Indian journal of veterinary science and animal husbandry - Volume 2,
Year: 1932
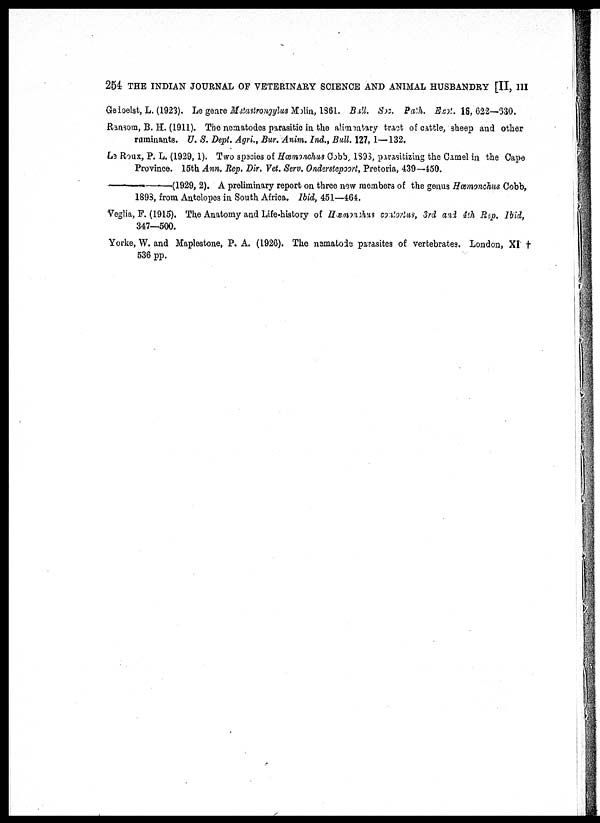
254 THE INDIAN JOURNAL OF VETERINARY SCIENCE AND ANIMAL HUSBANDRY [II, III
Gedoelst, L. (1923). Le genre Metastrongylus Molin, 1861. Bull. Soc. Path. Exot. 16, 622—630.
Ransom, B. H. (1911). The nematodes parasitic in the alimentary tract of cattle, sheep and other
ruminants. U. S. Dept., Agri., Bur. Anim. Ind., Bull. 127, 1—132.
Le Roux, P. L. (1929, 1). Two species of Hæmonchus Cobb, 1898, parasitizing the Camel in the Cape
Province. 15th Ann, Rep. Dir. Vet. Serv. Onderpoort, Pretoria, 439—450.
——(1929, 2). A preliminary report on three new members of the genus Hæmonchus Cobb,
1898, from Antelopes in South Africa. Ibid, 451—464.
Veglia, F. (1915). The Anatomy and Life-history of Hæmonchus contortus, 3rd and 4th Rep. Ibid,
347—500.
Yorke, W. and Maplestone, P. A. (1926). The nematode parasites of vertebrates. London, XI †
536 pp.